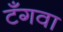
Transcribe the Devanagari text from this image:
टँगवा